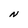
Character: N